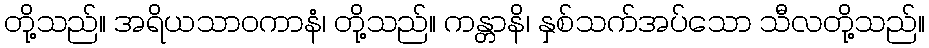
တို့သည်။ အရိယသာဝကာနံ၊ တို့သည်။ ကန္တာနိ၊ နှစ်သက်အပ်သော သီလတို့သည်။